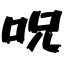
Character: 呪